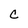
Character: C